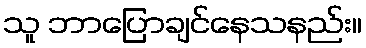
သူ ဘာပြောချင်နေသနည်း။